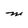
Character: M